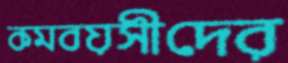
কমবয়সীদের